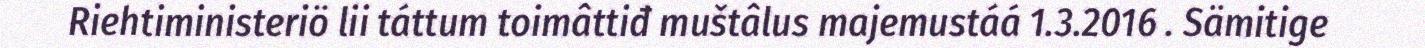
Riehtiministeriö lii táttum toimâttiđ muštâlus majemustáá 1.3.2016 . Sämitige